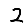
Digit: 2